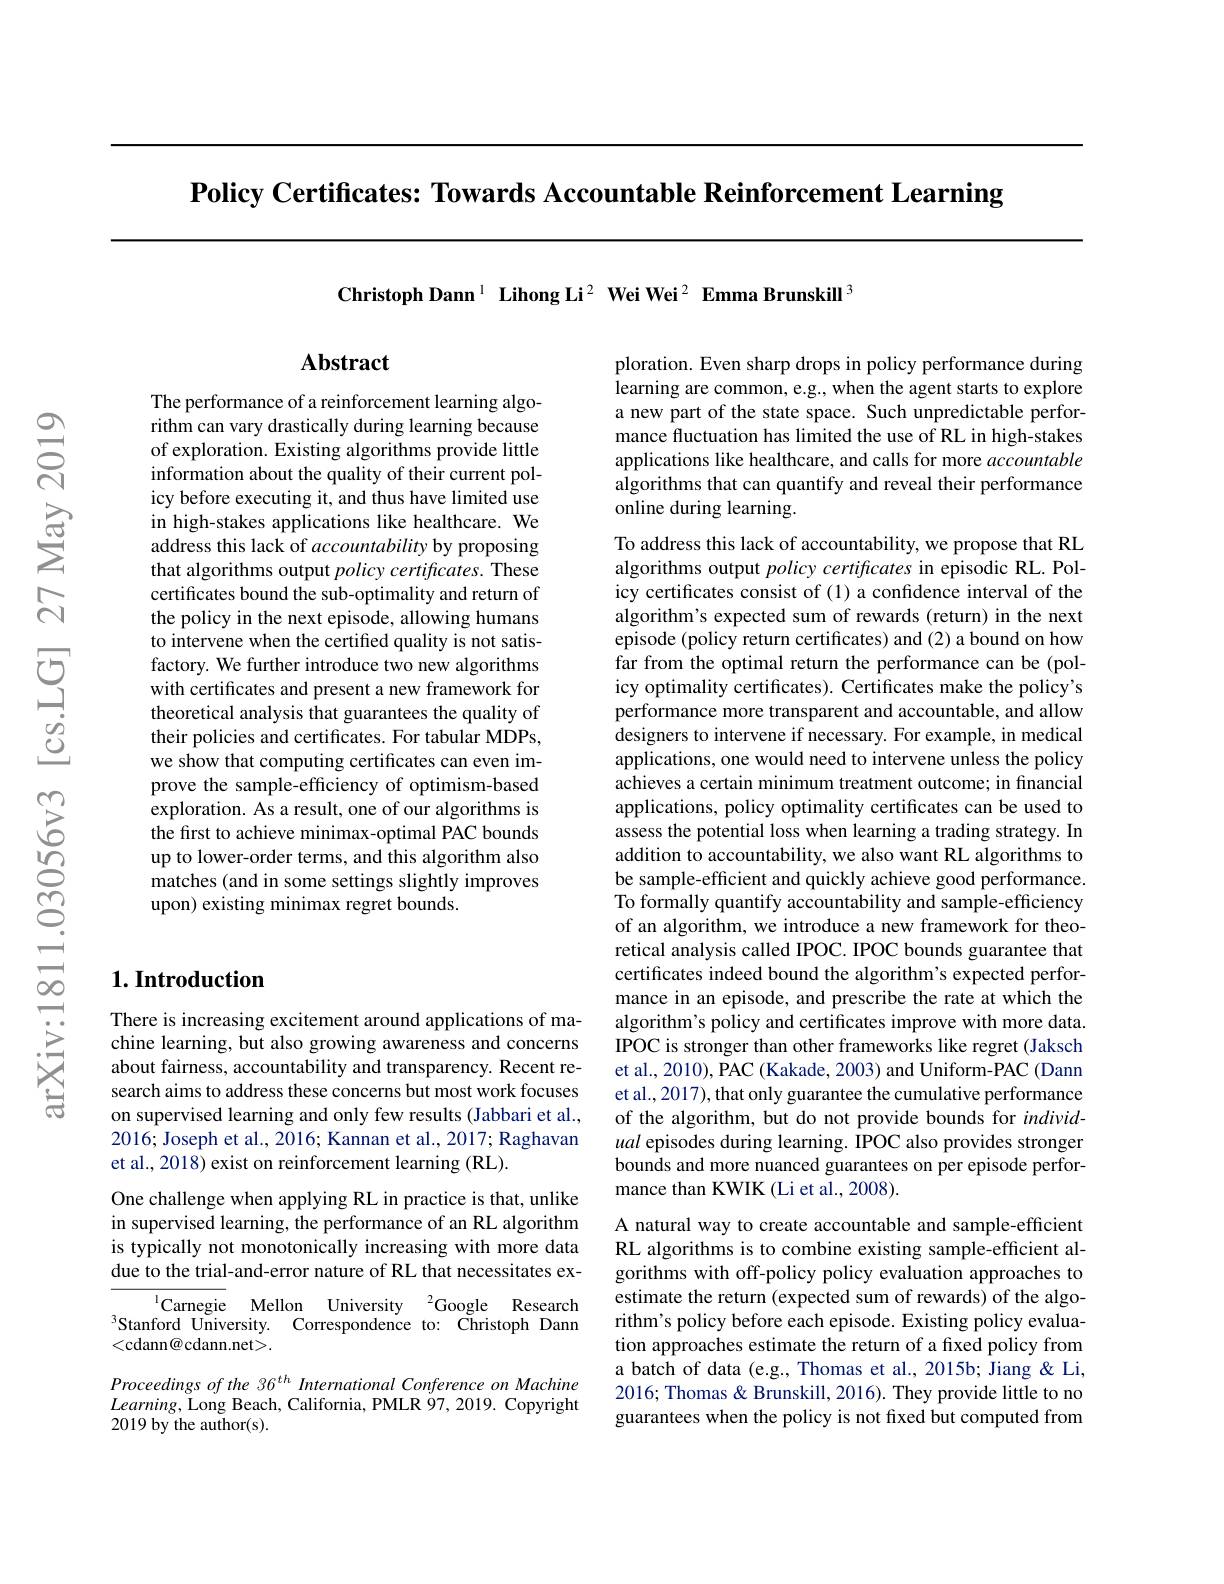
Policy Certificates: Towards Accountable Reinforcement Learning

Christoph Dann$^1\textbf{LihongLi}^2\textbf{Wei Wei}^2\textbf{Emma Brunskill}^3$

## $\mathbf{Abstract}$

The performance of a reinforcement learning algorithm can vary drastically during learning because of exploration. Existing algorithms provide little information about the quality of their current policy before executing it, and thus have limited use in high-stakes applications like healthcare. We address this lack of accountability by proposing that algorithms output $policy\textit{certificates. These}$ certificates bound the sub-optimality and return of the policy in the next episode, allowing humans to intervene when the certified quality is not satisfactory. We further introduce two new algorithms with certificates and present a new framework for theoretical analysis that guarantees the quality of their policies and certificates. For tabular MDPs, we show that computing certificates can even improve the sample-efficiency of optimism-based exploration. As a result, one of our algorithms is the first to achieve minimax-optimal PAC bounds up to lower-order terms, and this algorithm also matches (and in some settings slightly improves upon) existing minimax regret bounds.

## $1. \textbf{Introduction}$

There is increasing excitement around applications of machine learning, but also growing awareness and concerns about fairness, accountability and transparency. Recent research aims to address these concerns but most work focuses on supervised learning and only few results (Jabbari et al., 2016; Joseph et al., 2016; Kannan et al., 2017; Raghavan et al., 2018) exist on reinforcement learning (RL).

One challenge when applying RL in practice is that, unlike in supervised learning, the performance of an RL algorithm is typically not monotonically increasing with more data due to the trial-and-error nature of RL that necessitates ex-

$^{1}$Carnegie Mellon University $^2$Google Research $^{3}$Stanford University. Correspondence to: Christoph Dann <cdann@cdann.net>.

Proceedings of the 36$^{th}$ International Conference on Machine $Learning$,Long Beach, California, PMLR 97, 2019. Copyright 2019 by the author(s).

ploration. Even sharp drops in policy performance during learning are common, e.g., when the agent starts to explore a new part of the state space. Such unpredictable performance fluctuation has limited the use of RL in high-stakes applications like healthcare, and calls for more accountable algorithms that can quantify and reveal their performance online during learning.

To address this lack of accountability, we propose that RL algorithms output policy certificates in episodic RL. Policy certificates consist of (1) a confidence interval of the algorithm's expected sum of rewards (return) in the next episode (policy return certificates) and (2) a bound on how far from the optimal return the performance can be (policy optimality certificates). Certificates make the policy's performance more transparent and accountable, and allow designers to intervene if necessary. For example, in medical applications, one would need to intervene unless the policy achieves a certain minimum treatment outcome; in fnancial applications, policy optimality certificates can be used to assess the potential loss when learning a trading strategy. In addition to accountability, we also want RL algorithms to be sample-efficient and quickly achieve good performance. To formally quantify accountability and sample-efficiency of an algorithm, we introduce a new framework for theoretical analysis called IPOC. IPOC bounds guarantee that certificates indeed bound the algorithm's expected performance in an episode, and prescribe the rate at which the algorithm's policy and certificates improve with more data. IPOC is stronger than other frameworks like regret (Jaksch et al., 2010), PAC (Kakade, 2003) and Uniform-PAC (Dann et al., 2017), that only guarantee the cumulative performance of the algorithm, but do not provide bounds for individ ual episodes during learning. ÎPOC also provides stronger bounds and more nuanced guarantees on per episode performance than KWIK (Li et al., 2008).
A natural way to create accountable and sample-efficient RL algorithms is to combine existing sample-efficient al-

gorithms with off-policy policy evaluation approaches to estimate the return (expected sum of rewards) of the algorithm's policy before each episode. Existing policy evaluation approaches estimate the return of a fixed policy from a batch of data (e.g., Thomas et al., 2015b; Jiang & Li, 2016; Thomas & Brunskill, 2016). They provide little to no guarantees when the policy is not fixed but computed from